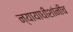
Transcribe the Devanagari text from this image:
न्यायाधीशांनीच